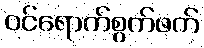
ဝင်ရောက်စွက်ဖက်